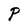
Character: P